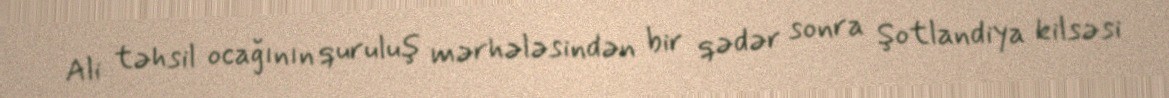
Ali təhsil ocağının quruluş mərhələsindən bir qədər sonra Şotlandiya kilsəsi